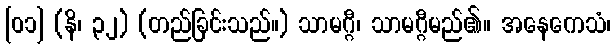
[၀၁] (နိ၊ ၃၂) (တည်ခြင်းသည်။) သာမဂ္ဂီ၊ သာမဂ္ဂီမည်၏။ အနေကေသံ၊